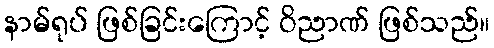
နာမ်ရုပ် ဖြစ်ခြင်းကြောင့် ဝိညာဏ် ဖြစ်သည်။